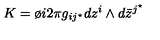
K = \o { i } { 2 \pi } g _ { i j ^ { \star } } d z ^ { i } \wedge d { \bar { z } } ^ { j ^ { \star } }